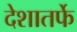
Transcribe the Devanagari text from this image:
देशातर्फे